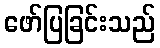
ဖော်ပြခြင်းသည်